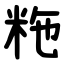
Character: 粚